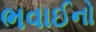
ભવાઈનો